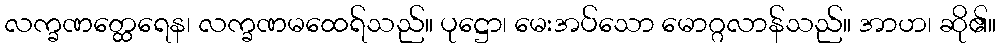
လက္ခဏတ္ထေရေန၊ လက္ခဏမထေရ်သည်။ ပုဋ္ဌော၊ မေးအပ်သော မောဂ္ဂလာန်သည်။ အာဟ၊ ဆို၏။